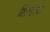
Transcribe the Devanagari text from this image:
तिर्यक्ता